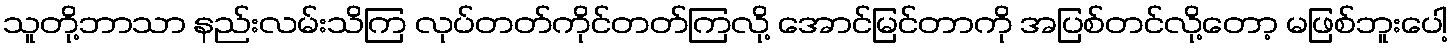
သူတို့ဘာသာ နည်းလမ်းသိကြ လုပ်တတ်ကိုင်တတ်ကြလို့ အောင်မြင်တာကို အပြစ်တင်လို့တော့ မဖြစ်ဘူးပေါ့